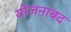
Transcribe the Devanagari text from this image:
योजनाबद